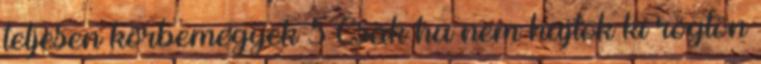
teljesen körbemegyek 5 Csak ha nem hajtok ki rögtön